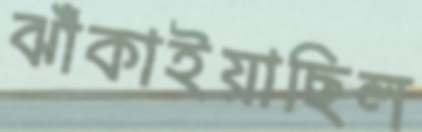
ঝাঁকাইয়াছিল